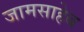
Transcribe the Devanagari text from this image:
जामसाहेब